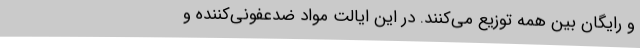
و رایگان بین همه توزیع می‌کنند. در این ایالت مواد ضدعفونی‌کننده و